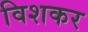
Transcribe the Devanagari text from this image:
विशकर